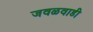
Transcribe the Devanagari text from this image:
जवळवाडी